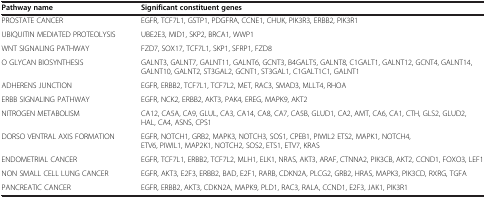
<table><thead><tr><td><b>Pathway name</b></td><td><b>Significant constituent genes</b></td></tr></thead><tbody><tr><td>PROSTATE CANCER</td><td>EGFR, TCF7L1, GSTP1, PDGFRA, CCNE1, CHUK, PIK3R3, ERBB2, PIK3R1</td></tr><tr><td>UBIQUITIN MEDIATED PROTEOLYSIS</td><td>UBE2E3, MID1, SKP2, BRCA1, WWP1</td></tr><tr><td>WNT SIGNALING PATHWAY</td><td>FZD7, SOX17, TCF7L1, SKP1, SFRP1, FZD8</td></tr><tr><td>O GLYCAN BIOSYNTHESIS</td><td>GALNT3, GALNT7, GALNT11, GALNT6, GCNT3, B4GALT5, GALNT8, C1GALT1, GALNT12, GCNT4, GALNT14, GALNT10, GALNT2, ST3GAL2, GCNT1, ST3GAL1, C1GALT1C1, GALNT1</td></tr><tr><td>ADHERENS JUNCTION</td><td>EGFR, ERBB2, TCF7L1, TCF7L2, MET, RAC3, SMAD3, MLLT4, RHOA</td></tr><tr><td>ERBB SIGNALING PATHWAY</td><td>EGFR, NCK2, ERBB2, AKT3, PAK4, EREG, MAPK9, AKT2</td></tr><tr><td>NITROGEN METABOLISM</td><td>CA12, CA5A, CA9, GLUL, CA3, CA14, CA8, CA7, CA5B, GLUD1, CA2, AMT, CA6, CA1, CTH, GLS2, GLUD2, HAL, CA4, ASNS, CPS1</td></tr><tr><td>DORSO VENTRAL AXIS FORMATION</td><td>EGFR, NOTCH1, GRB2, MAPK3, NOTCH3, SOS1, CPEB1, PIWIL2 ETS2, MAPK1, NOTCH4, ETV6, PIWIL1, MAP2K1, NOTCH2, SOS2, ETS1, ETV7, KRAS</td></tr><tr><td>ENDOMETRIAL CANCER</td><td>EGFR, TCF7L1, ERBB2, TCF7L2, MLH1, ELK1, NRAS, AKT3, ARAF, CTNNA2, PIK3CB, AKT2, CCND1, FOXO3, LEF1</td></tr><tr><td>NON SMALL CELL LUNG CANCER</td><td>EGFR, AKT3, E2F3, ERBB2, BAD, E2F1, RARB, CDKN2A, PLCG2, GRB2, HRAS, MAPK3, PIK3CD, RXRG, TGFA</td></tr><tr><td>PANCREATIC CANCER</td><td>EGFR, ERBB2, AKT3, CDKN2A, MAPK9, PLD1, RAC3, RALA, CCND1, E2F3, JAK1, PIK3R1</td></tr></tbody></table>